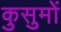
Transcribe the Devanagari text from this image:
कुसुमों